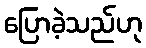
ပြောခဲ့သည်ဟု